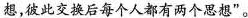
想，彼此交换后每个人都有两个思想”。